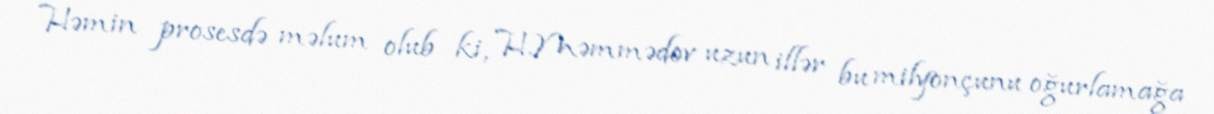
Həmin prosesdə məlum olub ki, H.Məmmədov uzun illər bu milyonçunu oğurlamağa